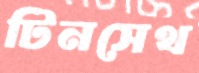
টিনসেথ